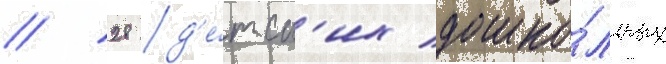
/ 28 д'е́тск'их дошко́льных